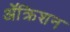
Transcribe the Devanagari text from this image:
ॲक्रिशन